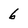
Character: 6